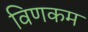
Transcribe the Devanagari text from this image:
विणकम